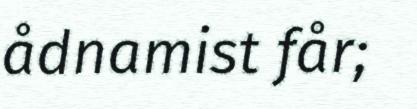
ådnamist får;